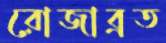
রোজাব্রত